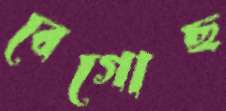
বেগোছ